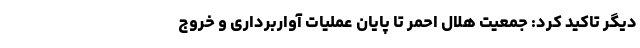
دیگر تاکید کرد: جمعیت هلال احمر تا پایان عملیات آواربرداری و خروج